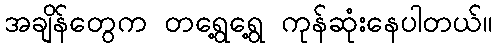
အချိန်တွေက တရွေ့ရွေ့ ကုန်ဆုံးနေပါတယ်။